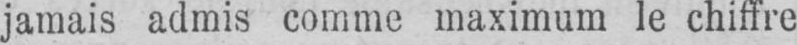
jamais admis comme maximum le chiffre